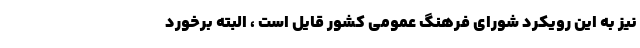
نیز به این رویکرد شورای فرهنگ عمومی کشور قایل است ، البته برخورد